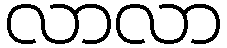
လာလာ